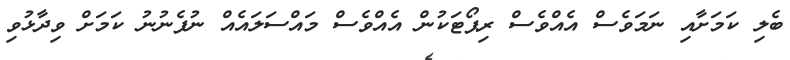
ބެލި ކަމަށާއި ނަމަވެސް އެއްވެސް ރިޕޯޓަކުން އެއްވެސް މައްސަލައެއް ނުފެނުނު ކަމަށް ވިދާޅުވި